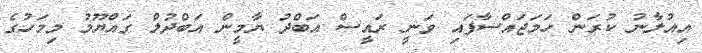
އިއުލާނު ކުރަން ހަމަޖައްސާފައި ވަނީ ރައީސް އަބްދު ޔާމީން އަބްދުލް ގައްޔޫމު މިމަހުގެ